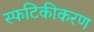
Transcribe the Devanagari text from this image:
स्फटिकीकरण